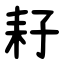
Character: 耔